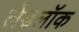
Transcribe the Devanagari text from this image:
लेंडलॉक